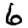
Digit: 6